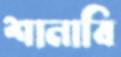
শানাবি